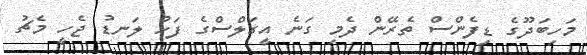
މަހިބަދޫގެ ޑިފެންސް ތެރޭން ދެމި ގަނެ އީގަލްސްގެ ފަހު ލަނޑު ޖެހީ މެޗު